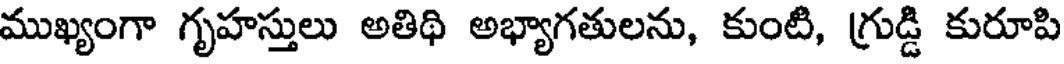
ముఖ్యంగా గృహస్తులు అతిథి అభ్యాగతులను, కుంటి, గ్రుడ్డి కురూపి